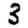
Digit: 3